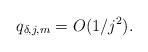
LaTeX: \begin{align*} q_{\delta,j,m} = O(1/j^2).\end{align*}